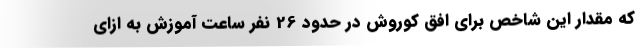
که مقدار این شاخص برای افق کوروش در حدود 26 نفر ساعت آموزش به ازای